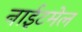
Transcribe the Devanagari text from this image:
नाईटमेल